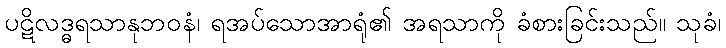
ပဋိလဒ္ဓရသာနုဘဝနံ၊ ရအပ်သောအာရုံ၏ အရသာကို ခံစားခြင်းသည်။ သုခံ၊